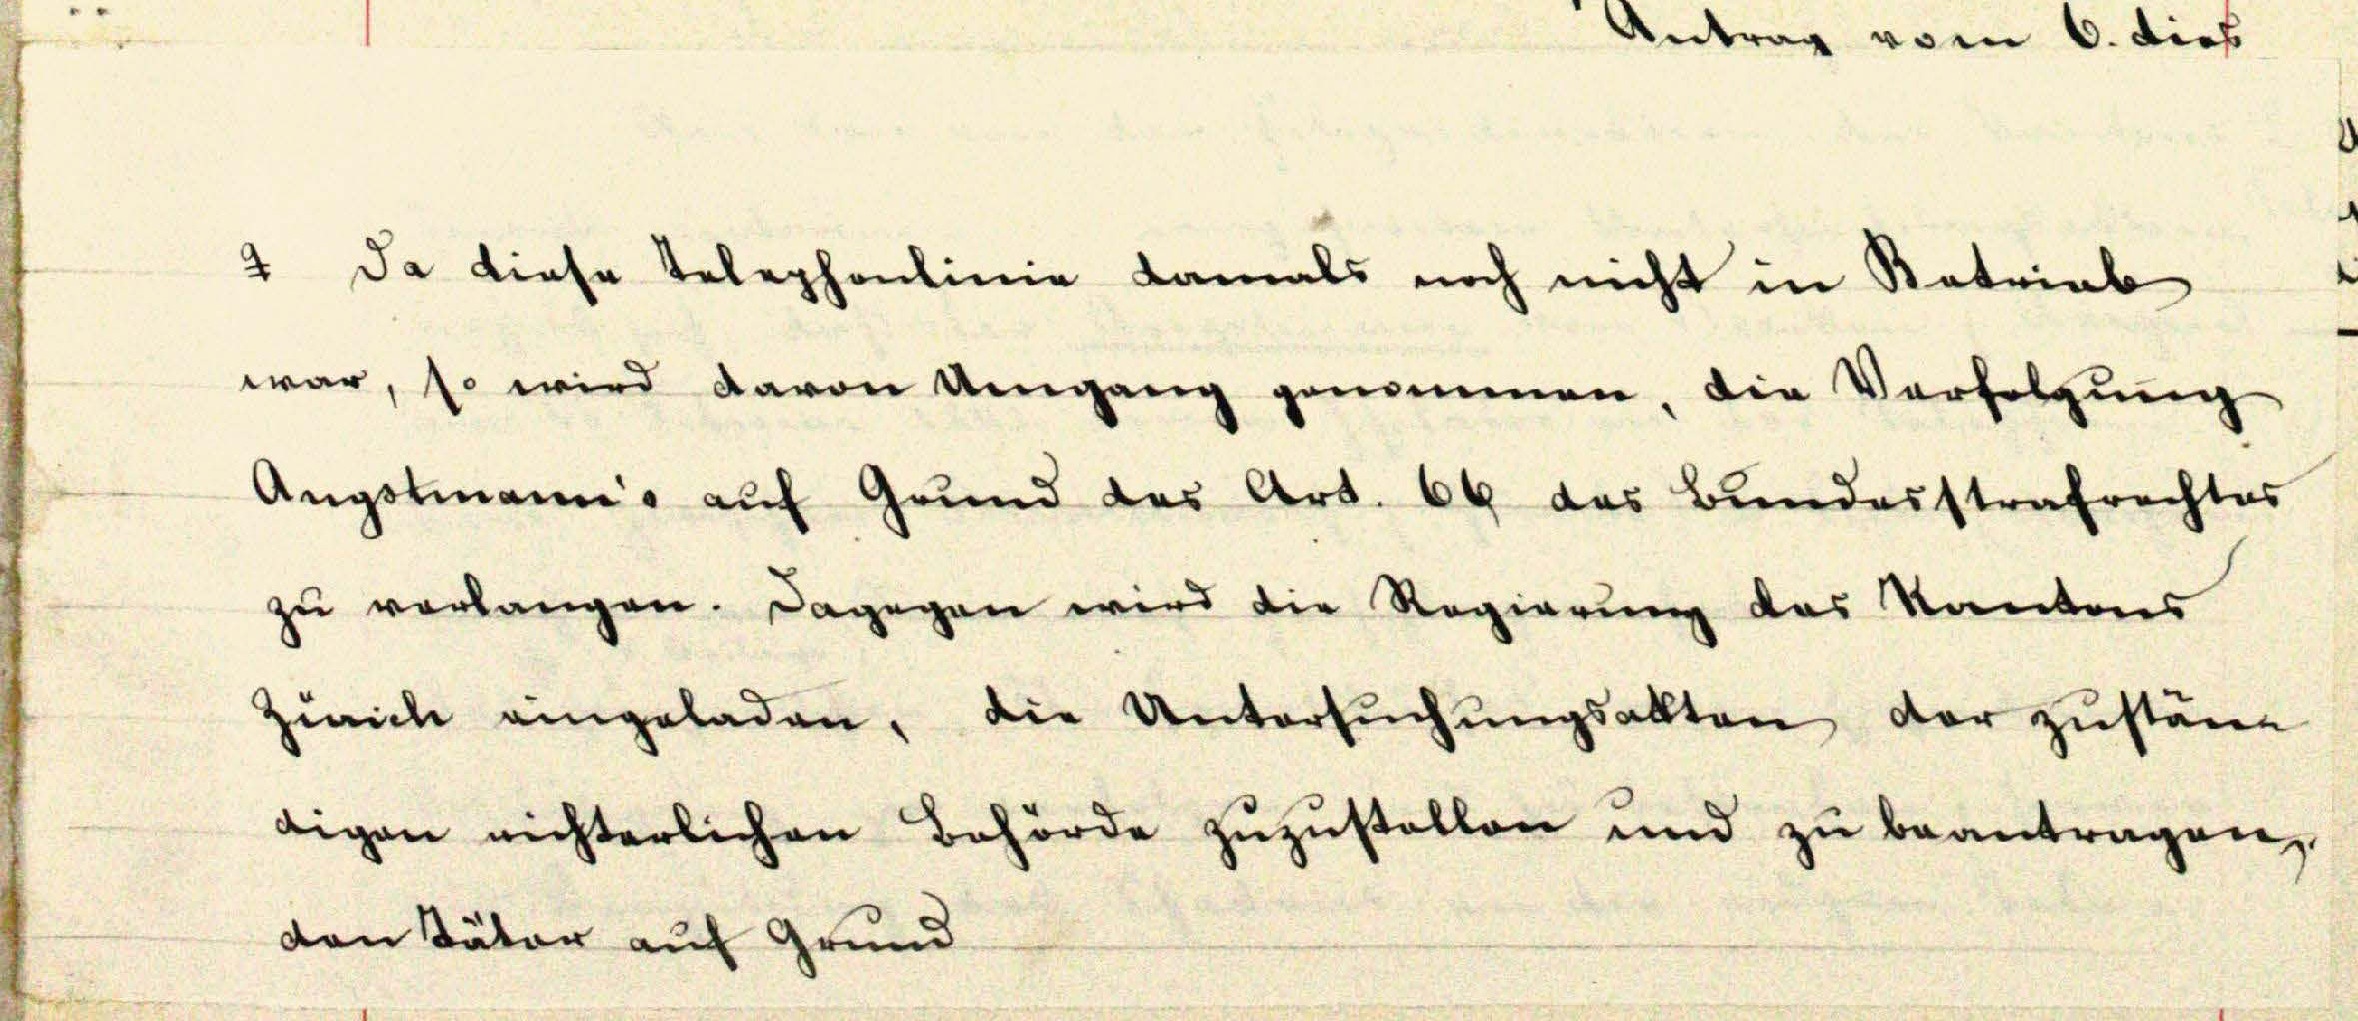
e

2 da diese Telephonlinie damals noch nicht in Retrieb

Augstmann aŭf Grŭnd des Art. 64 das Bŭndesstrafrechtes

zŭ verlangen. Dagegen wird die Regierung des Kantons

war, so wird davon Umgang genommen, die Verfolgung

digen nichterlichen Behörde zŭzŭstellen und zŭ beantragen,

Zürich eingeladen, die Untersŭchŭngsakten der zuständ

den Täter auf Grund

Antrag vom 6. dies